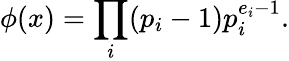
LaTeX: \phi(x)=\prod_{i}(p_{i}-1)p_{i}^{e_{i}-1}.